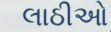
લાઠીઓ